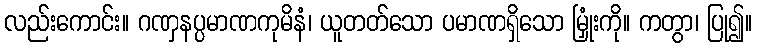
လည်းကောင်း။ ဂဏှနပ္ပမာဏကုမိနံ၊ ယူတတ်သော ပမာဏရှိသော မြှုံးကို။ ကတွာ၊ ပြု၍။